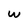
Character: w